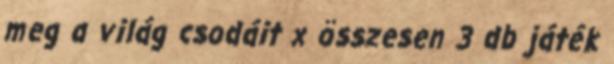
meg a világ csodáit x összesen 3 db játék